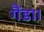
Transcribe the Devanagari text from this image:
गैंडा।